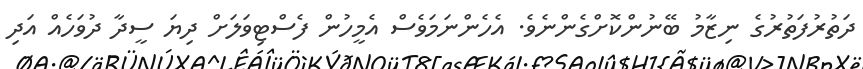
ދަތުރުފަތުރުގެ ނިޒާމު ބޭނުންކޮށްގެންނެވެ. އެހެންނަމަވެސް އެމީހުން ފެސްޓިވަލަށް ދިޔަ ސީދާ ދުވަހެއް އަދި